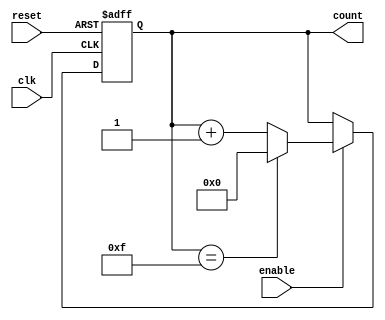
module MemoryBlocksUpCounter (
    input wire clk,          // Clock signal
    input wire reset,        // Reset signal
    input wire enable,       // Enable signal
    output reg [N-1:0] count // Current count value (N bits)
);
    parameter N = 4; // Bit-width of the counter (4 bits in this case)

    // Asynchronous reset and counting logic
    always @(posedge clk or posedge reset) begin
        if (reset) begin
            count <= 0; // Reset count to zero
        end else if (enable) begin
            if (count == (1 << N) - 1) begin
                count <= 0; // Wrap around on overflow
            end else begin
                count <= count + 1; // Increment count
            end
        end
    end
endmodule